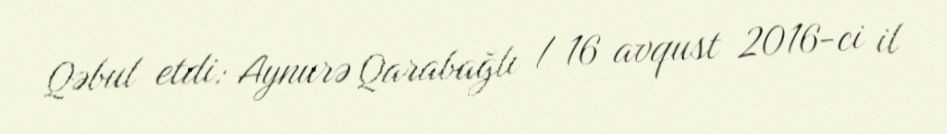
Qəbul etdi: Aynurə Qarabağlı / 16 avqust 2016-ci il